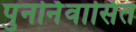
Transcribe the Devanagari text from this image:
पुनर्निवासित